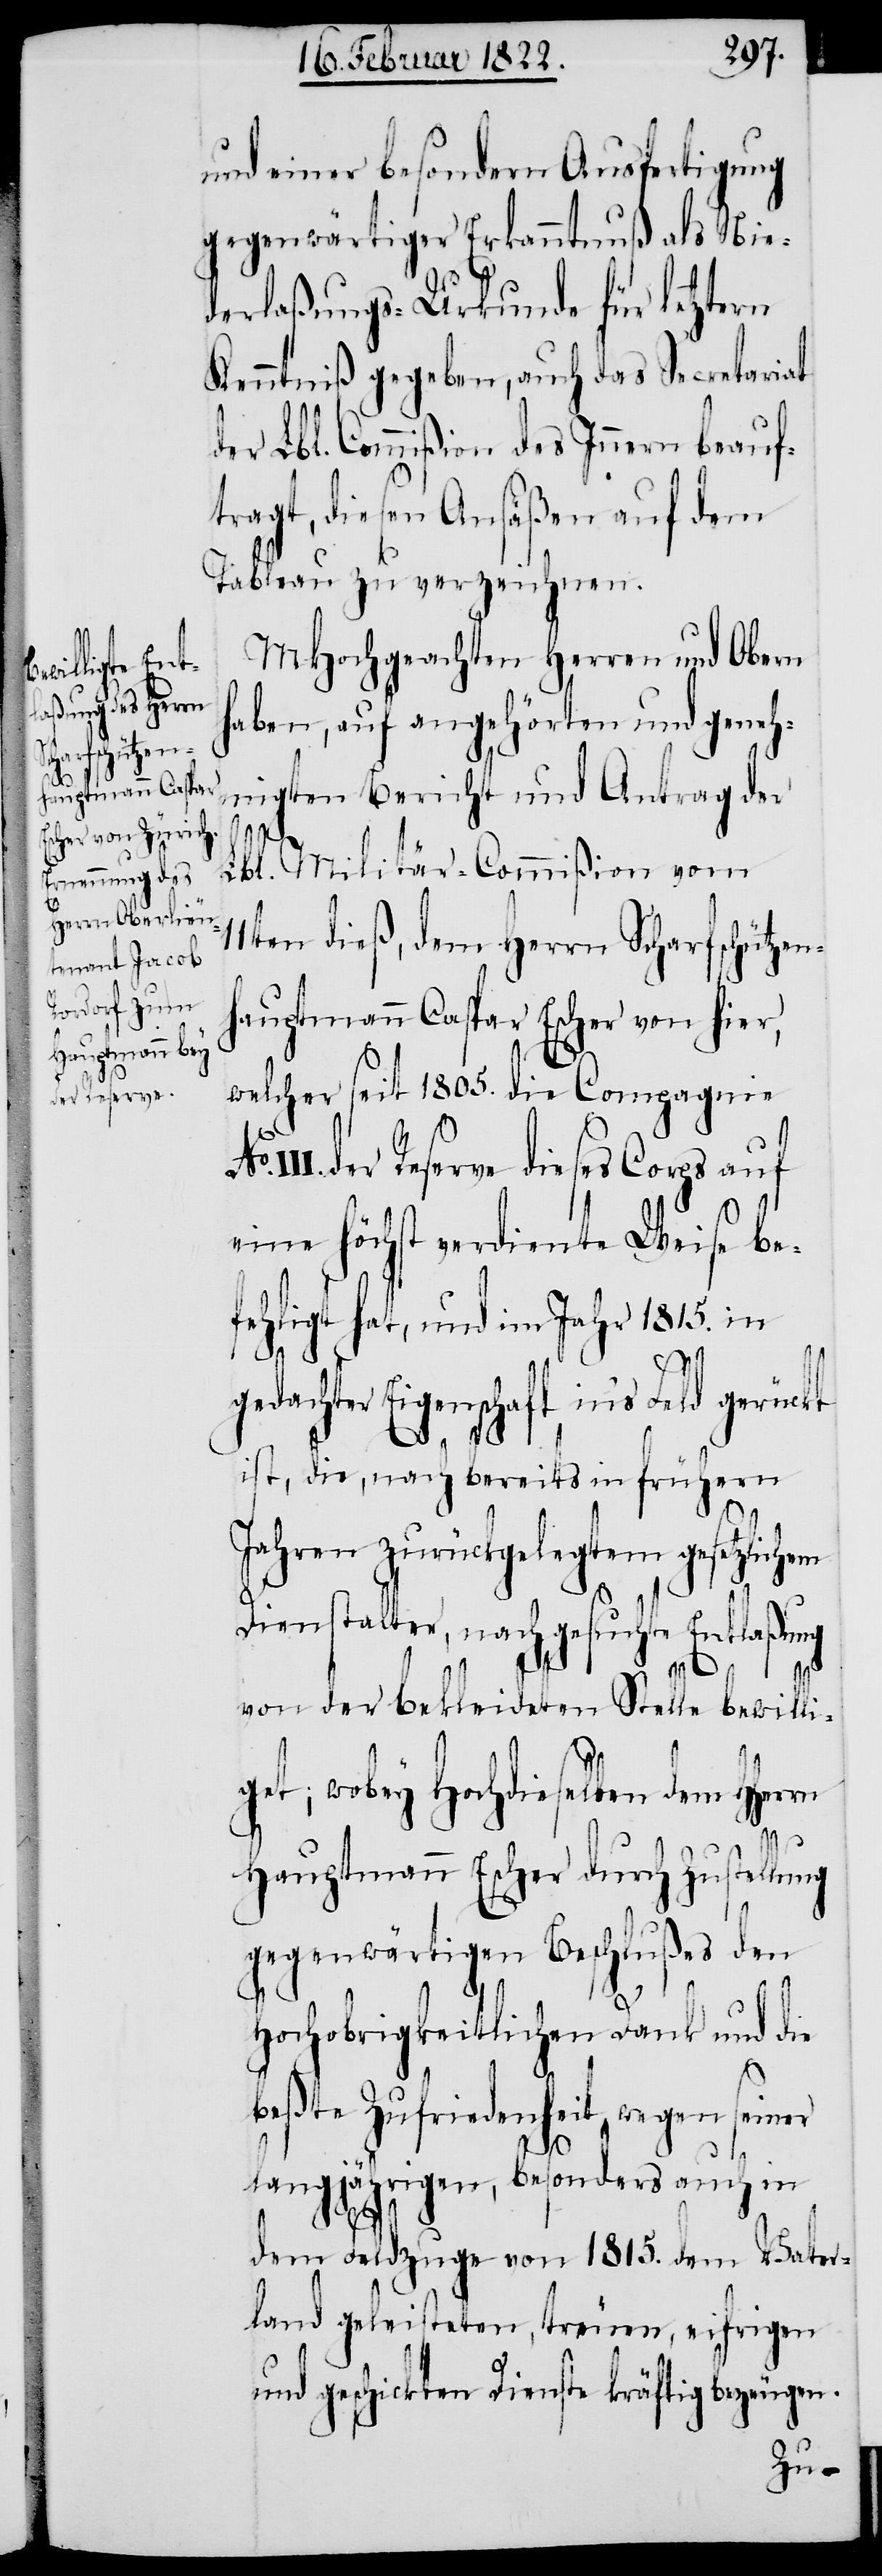
No.
der Reserve

und einer besondern Ausfertigung
gegenwärtiger Erkanntnuß als Nie¬
derlaßungs-Urkunde für letztern
Kenntniß gegeben, auch das Secretariat
der Lbl. Commißion des Innern beauf¬
tragt, diesen Ansäßen auf dem
Tableau zu verzeichnen.
MHochgeachteten Herren und Obern
haben, auf angehörten Berich¬
Lbl. Militär-Commißion vom
11ten dieß, dem Herrn Scharfschützen¬
hauptmann Caspar Escher von hier,
welcher seit 1805. die Compagnie
dieses Corps auf
eine höchst verdiente Weise be¬
fehligt hat, und im Jahr 1815. in
gedachter Eigenschaft in’s Feld gerückt
ist, die, nach bereits in frühern
Jahren zurückgelegtem gesetzlichem
Dienstalter, nachgesuchte Entlaßung
von der bekleideten Stelle bewilli¬
get; wobey Hochdieselben dem HHer¬
rn
Hauptmann Escher durch Zustellung
gegenwärtigen Beschlußes den
hochobrigkeitlichen Dank und die
beßte Zufriedenheit wegen seiner
langjährigen, besonders auch in
dem Feldzuge von 1815. dem Vater¬
land geleisteten, treuen, eifrigen
und geschickten Dienste kräftig bezeugen.